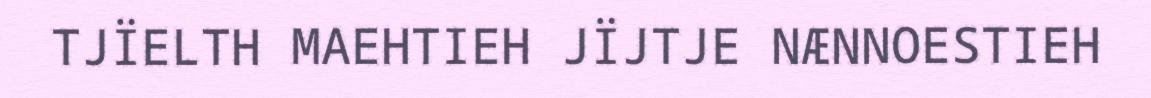
TJÏELTH MAEHTIEH JÏJTJE NÆNNOESTIEH